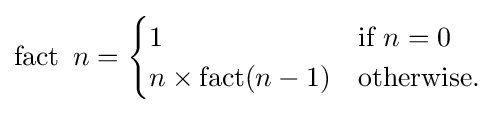
\operatorname {fact} \ n={\begin{cases}1&{\text{if}}~n=0\\n\times \operatorname {fact} (n-1)&{\text{otherwise.}}\end{cases}}